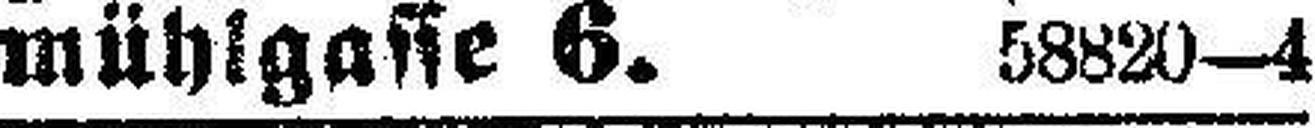
mühlgasse 6. 58820—4